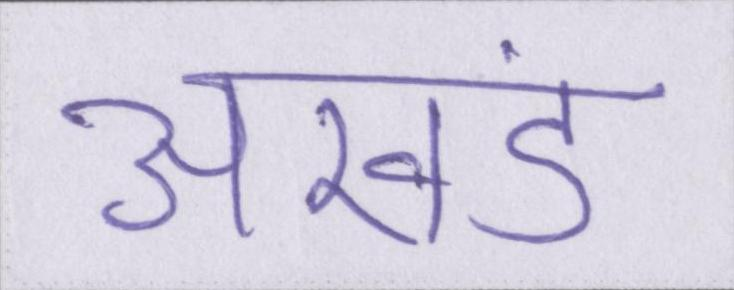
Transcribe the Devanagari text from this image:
अखंड